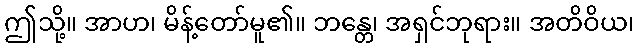
ဤသို့။ အာဟ၊ မိန့်တော်မူ၏။ ဘန္တေ၊ အရှင်ဘုရား။ အတိဝိယ၊